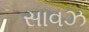
સાવઝ